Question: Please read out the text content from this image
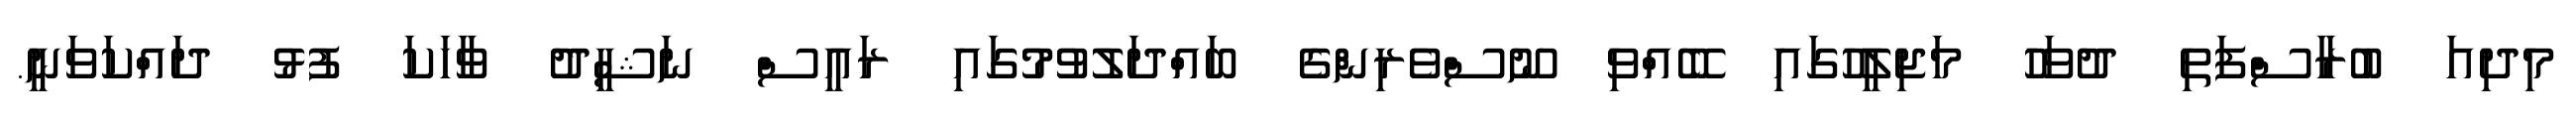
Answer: މިދިއަ ބުރާސްފަތި ދުވަހު މަޖިލީހުގައި ބޭއްވި ނޫސްވެރިންގެ ބައްދަލުވުމުގައި ރައީސް ނަޝީދު ވާހަކަ ފުޅު ދައްކަވަނީ.